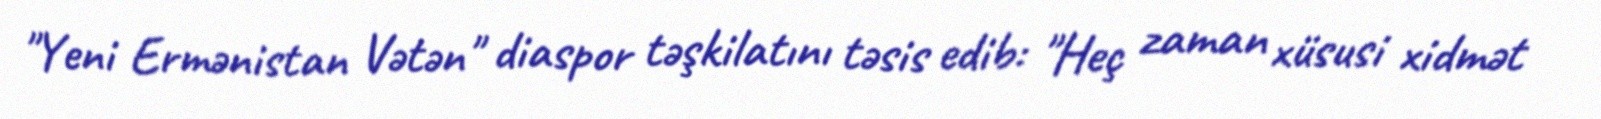
"Yeni Ermənistan Vətən" diaspor təşkilatını təsis edib: "Heç zaman xüsusi xidmət